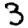
Digit: 3